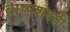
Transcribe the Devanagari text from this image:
बाष्पशक्ती